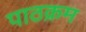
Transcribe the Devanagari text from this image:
पाठक्रम